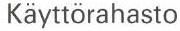
Käyttörahasto